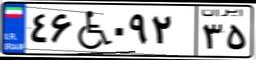
۴۶W۰۹۲۳۵